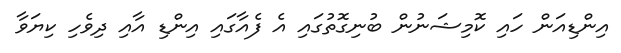
އިންޑިއަން ހައި ކޮމިޝަނުން ބުނިގޮތުގައި އެ ފެއާގައި އިންޑި އާއި ދިވެހި ކިޔަވާ